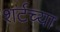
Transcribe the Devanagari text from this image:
शर्टच्या